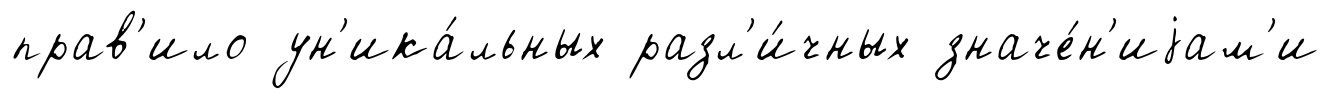
прав'ило ун'ика́льных разл'и́чных значе́н'иjам'и